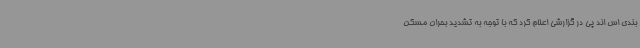
بندی اس اند پی در گزارشی اعلام کرد که با توجه به تشدید بحران مسکن